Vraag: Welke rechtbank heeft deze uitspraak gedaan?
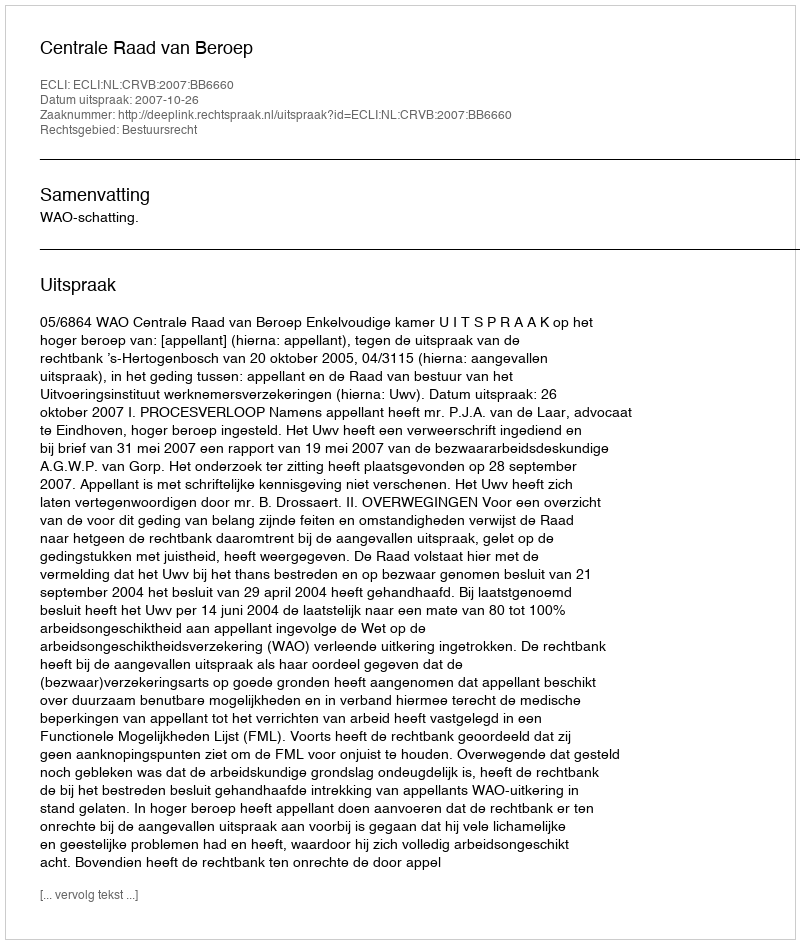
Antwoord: Centrale Raad van Beroep